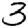
Digit: 3